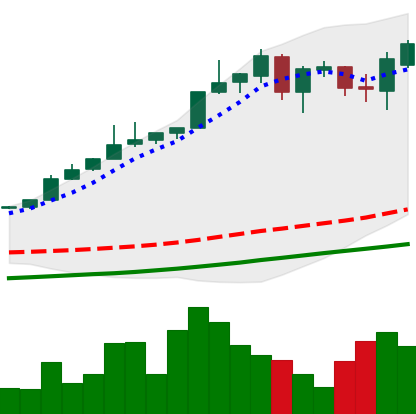
Ticker: BTC-USD
Chart end date: 2017-05-18
Forward return: 22.861%
Label: up_7plus